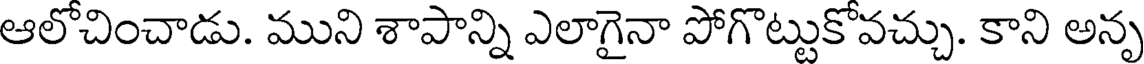
ఆలోచించాడు. ముని శాపాన్ని ఎలాగైనా పోగొట్టుకోవచ్చు. కాని అనృ